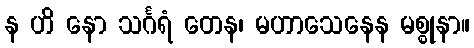
န ဟိ နော သင်္ဂရံ တေန၊ မဟာသေနေန မစ္စုနာ။